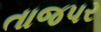
તાજપર